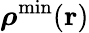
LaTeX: {\boldsymbol\rho}^{\mathrm{min}}({\mathbf r})